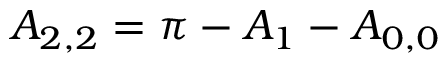
{ A _ { 2 , 2 } } = \pi - { A _ { 1 } } - { A _ { 0 , 0 } }